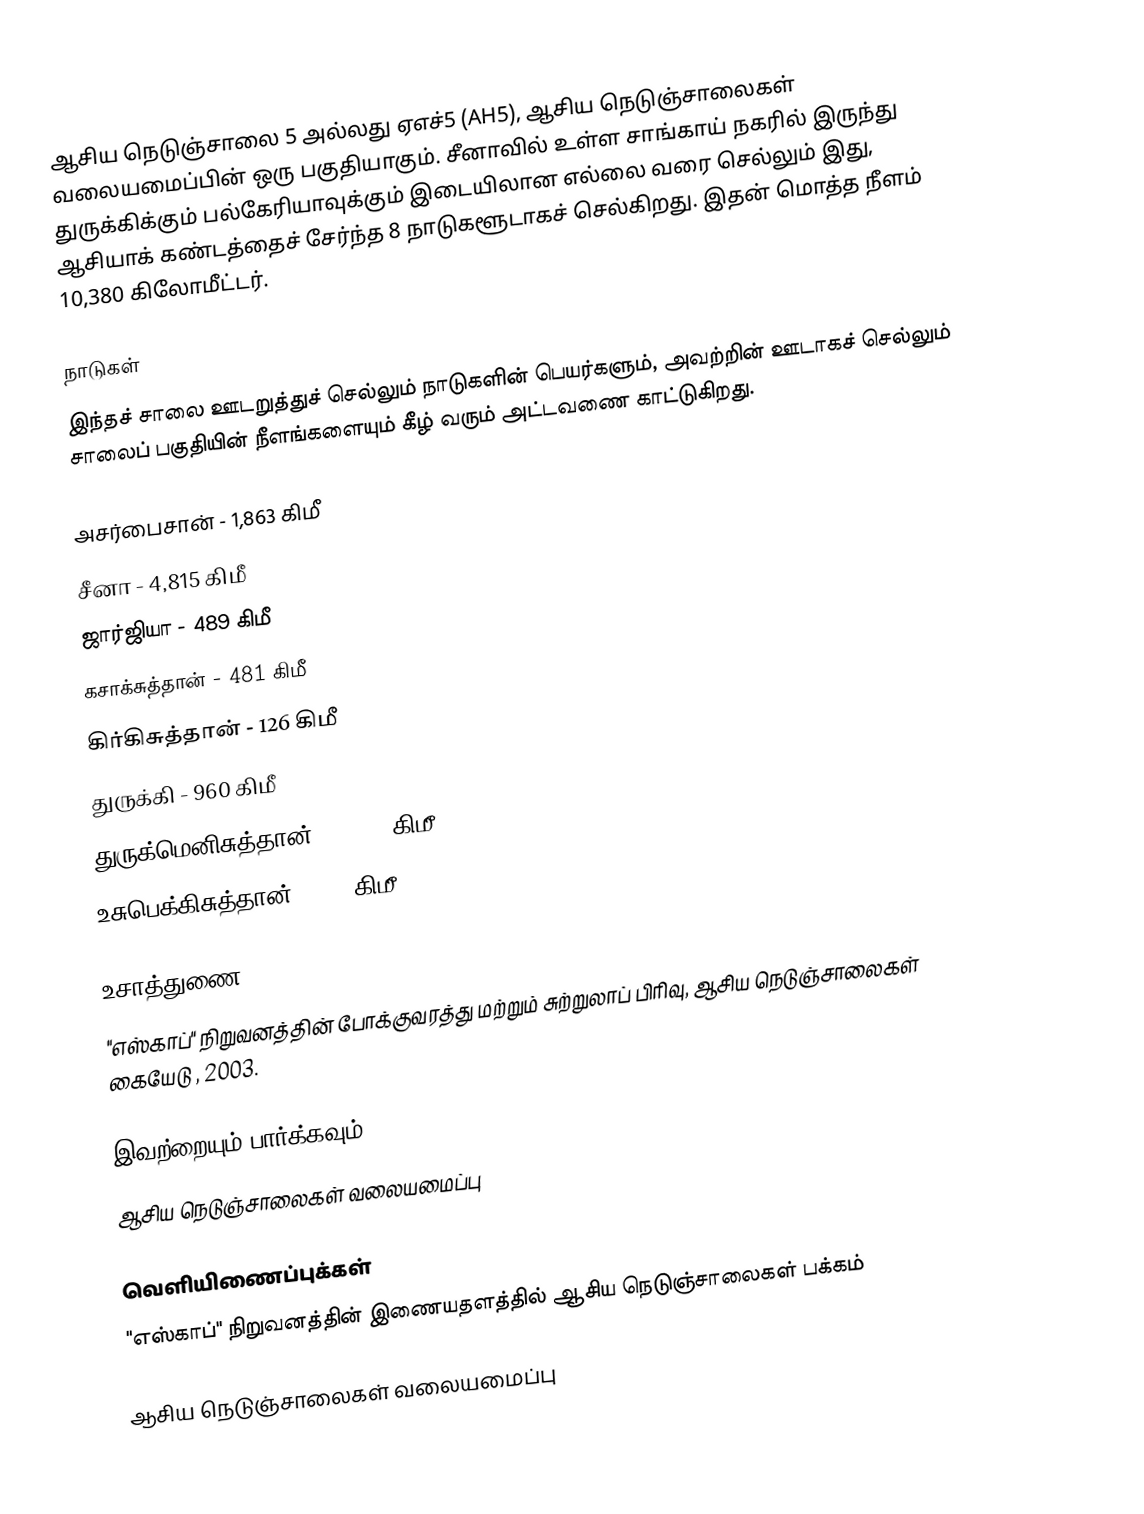
ஆசிய நெடுஞ்சாலை 5 அல்லது ஏஎச்5 (AH5), ஆசிய நெடுஞ்சாலைகள் வலையமைப்பின் ஒரு பகுதியாகும். சீனாவில் உள்ள சாங்காய் நகரில் இருந்து துருக்கிக்கும் பல்கேரியாவுக்கும் இடையிலான எல்லை வரை செல்லும் இது, ஆசியாக் கண்டத்தைச் சேர்ந்த 8 நாடுகளூடாகச் செல்கிறது. இதன் மொத்த நீளம் 10,380 கிலோமீட்டர்.

நாடுகள்
இந்தச் சாலை ஊடறுத்துச் செல்லும் நாடுகளின் பெயர்களும், அவற்றின் ஊடாகச் செல்லும் சாலைப் பகுதியின் நீளங்களையும் கீழ் வரும் அட்டவணை காட்டுகிறது.

 அசர்பைசான் - 1,863 கிமீ
 சீனா - 4,815 கிமீ
 ஜார்ஜியா - 489 கிமீ
 கசாக்சுத்தான் - 481 கிமீ
 கிர்கிசுத்தான் - 126 கிமீ
 துருக்கி - 960 கிமீ
 துருக்மெனிசுத்தான் - 1,227 கிமீ
 உசுபெக்கிசுத்தான் - 677 கிமீ

உசாத்துணை
 "எஸ்காப்" நிறுவனத்தின் போக்குவரத்து மற்றும் சுற்றுலாப் பிரிவு, ஆசிய நெடுஞ்சாலைகள் கையேடு , 2003.

இவற்றையும் பார்க்கவும்
 ஆசிய நெடுஞ்சாலைகள் வலையமைப்பு

வெளியிணைப்புக்கள்
 "எஸ்காப்" நிறுவனத்தின் இணையதளத்தில் ஆசிய நெடுஞ்சாலைகள் பக்கம்

 ஆசிய நெடுஞ்சாலைகள் வலையமைப்பு